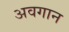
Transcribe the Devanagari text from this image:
अवगान